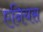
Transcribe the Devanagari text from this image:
एनियस